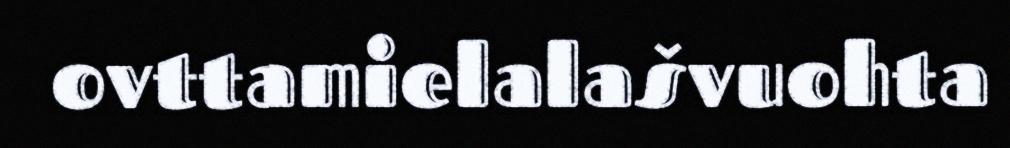
ovttamielalašvuohta